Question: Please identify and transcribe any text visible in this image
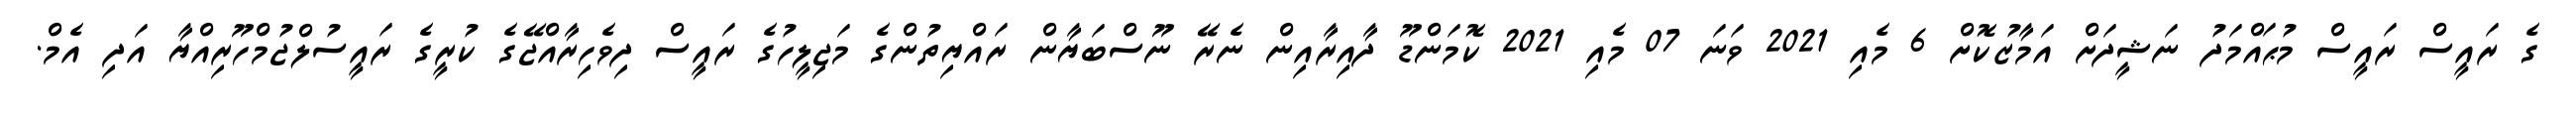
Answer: ގެ ރައީސް ރައީސް މުޙައްމަދު ނަޝީދަށް އަމާޒުކޮށް 6 މެއި 2021 ވަނަ 07 މެއި 2021 ކޮމަންޑޫ ދާއިރާއިން ނެރޭ ނޫސްބަޔާން ރައްޔިތުންގެ މަޖިލީހުގެ ރައީސް ދިވެހިރާއްޖޭގެ ކުރީގެ ރައީސުލްޖުމްހޫރިއްޔާ އަދި އެމް.